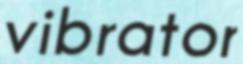
vibrator